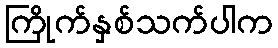
ကြိုက်နှစ်သက်ပါက